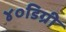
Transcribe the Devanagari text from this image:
४०डिग्री